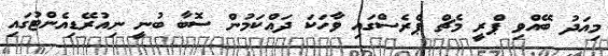
މިއަދު ބޭއްވި ޕްރީ މެޗް ޕްރެސްގައި ވާހަކަ ދައްކަމުން ސޮބާ ބުނީ ނިއުރޭޑިއެންޓުގައި